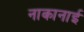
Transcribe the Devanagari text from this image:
नाकानाई